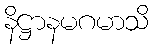
နိဋ္ဌာနမဂမာသိ